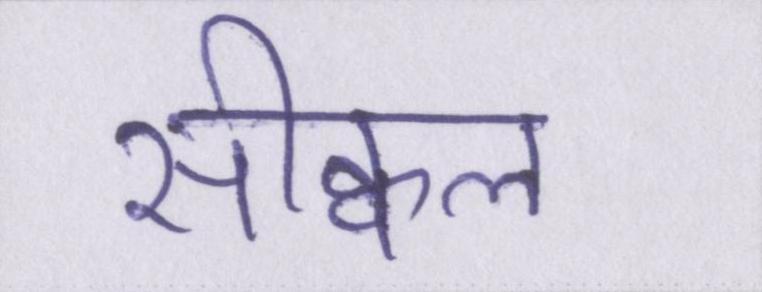
सीक्वल